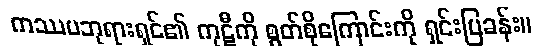
ကဿပဘုရားရှင်၏ ကုဋီကို စွတ်စိုကြောင်းကို ရှင်းပြခန်း။